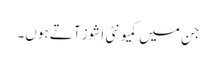
جن میں کمیونٹی اِشوز آتے ہوں۔